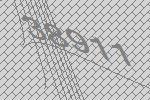
38911